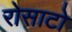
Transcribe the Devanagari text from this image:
रोसाटो